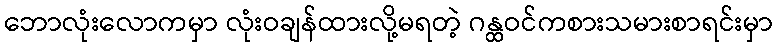
ဘောလုံးလောကမှာ လုံးဝချန်ထားလို့မရတဲ့ ဂန္ထဝင်ကစားသမားစာရင်းမှာ